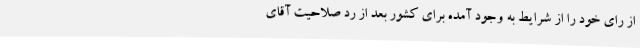
از رای خود را از شرایط به وجود آمده برای کشور بعد از رد صلاحیت آقای